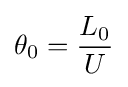
\theta _{0}={\frac {L_{0}}{U}}